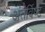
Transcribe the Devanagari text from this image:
अंतर्विष्‍ट